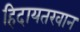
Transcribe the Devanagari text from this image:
हिदायतखान